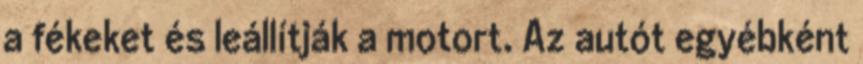
a fékeket és leállítják a motort. Az autót egyébként